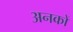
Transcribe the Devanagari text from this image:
अनकों